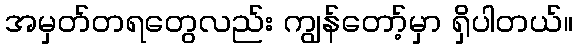
အမှတ်တရတွေလည်း ကျွန်တော့်မှာ ရှိပါတယ်။